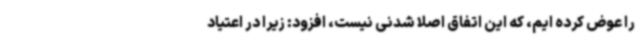
را عوض کرده ایم، که این اتفاق اصلا شدنی نیست، افزود: زیرا در اعتیاد